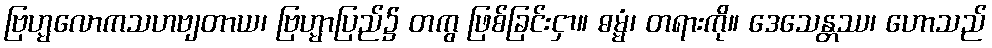
ဗြဟ္မလောကသဟဗျတာယ၊ ဗြဟ္မာပြည်၌ တကွ ဖြစ်ခြင်းငှာ။ ဓမ္မံ၊ တရားကို။ ဒေသေန္တဿ၊ ဟောသည်